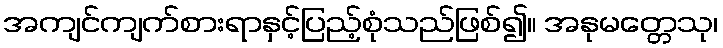
အကျင်ကျက်စားရာနှင့်ပြည့်စုံသည်ဖြစ်၍။ အနုမတ္တေသု၊